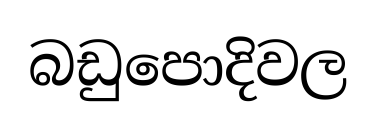
බඩුපොදිවල